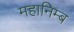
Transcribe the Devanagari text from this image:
महानिम्ब